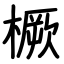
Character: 橛